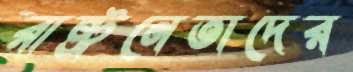
রাষ্ট্রনেতাদের